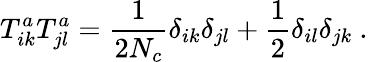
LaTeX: T_{ik}^{a}T_{jl}^{a}=\frac{1}{2N_{c}}\delta_{ik}\delta_{jl}+\frac{1}{2}\delta_{il}\delta_{jk}~.